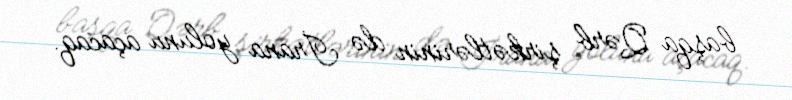
başqa Qərb şirkətlərinin də İrana yolunu açacaq.